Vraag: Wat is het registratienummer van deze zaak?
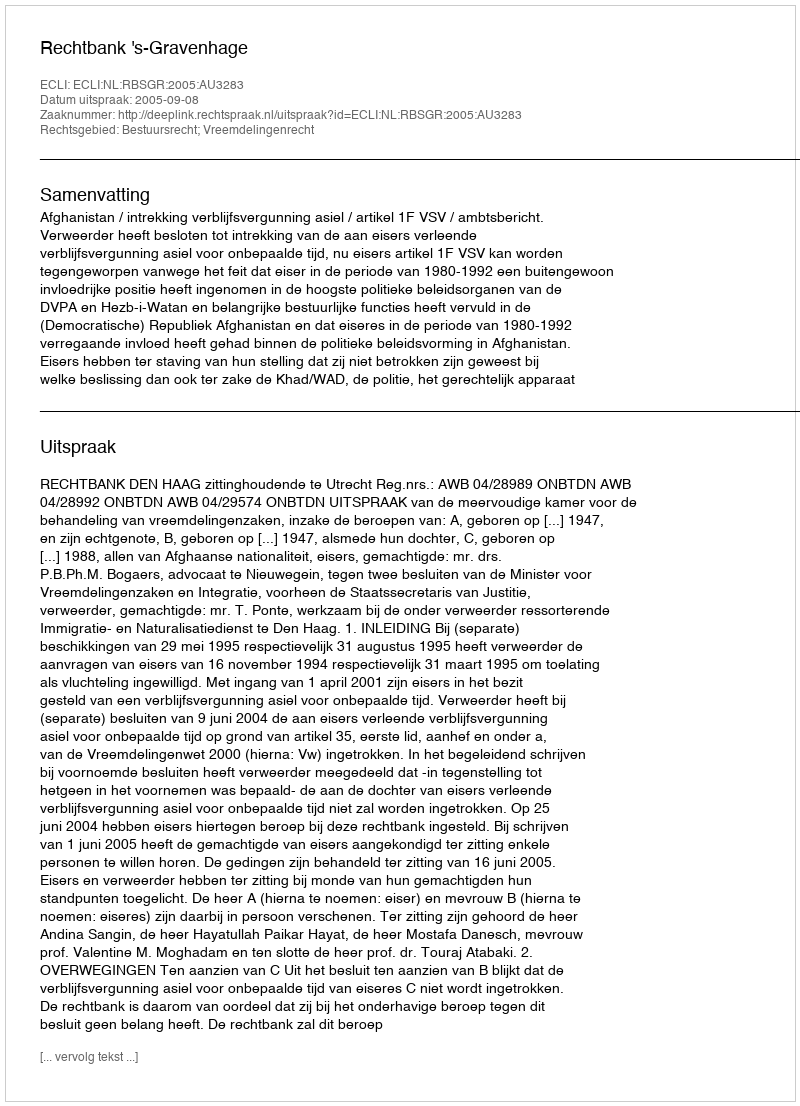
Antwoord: http://deeplink.rechtspraak.nl/uitspraak?id=ECLI:NL:RBSGR:2005:AU3283